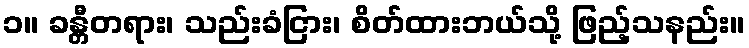
၁။ ခန္တီတရား၊ သည်းခံငြား၊ စိတ်ထားဘယ်သို့ ဖြည့်သနည်း။